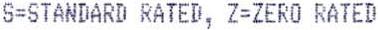
S=STANDARD RATED, Z=ZERO RATED